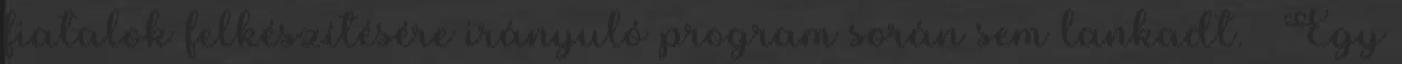
fiatalok felkészítésére irányuló program során sem lankadt. — Egy